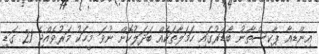
އިންޑިއާ ޕާކިސްތާނު ބޯޑަރުގައި ހަމަލާތަކެއް ބަދަލުކޮށް ނުވަ މީހަކު މަރުވެއްޖެ 21 ގަޑި